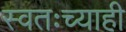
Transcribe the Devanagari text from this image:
स्वतःच्याही